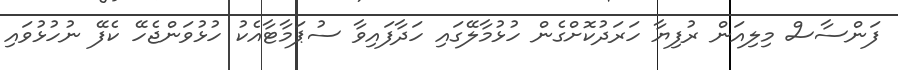
ފަންސާސް މިލިއަން ރުފިޔާ ހަރަދުކޮށްގެން ހުޅުމާލޭގައި ހަދާފައިވާ ސުޕަމާޓާއެކު ހުޅުވަންޖެހޭ ކެފޭ ނުހުޅުވައި